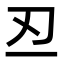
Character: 丒